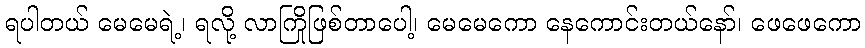
ရပါတယ် မေမေရဲ့၊ ရလို့ လာကြိုဖြစ်တာပေါ့၊ မေမေကော နေကောင်းတယ်နော်၊ ဖေဖေကော